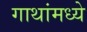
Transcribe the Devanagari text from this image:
गाथांमध्ये